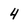
Character: 4